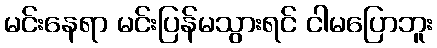
မင်းနေရာ မင်းပြန်မသွားရင် ငါမပြောဘူး